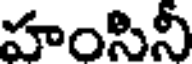
హంసినీ